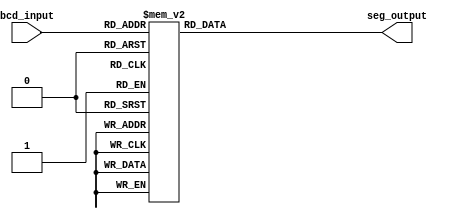
module BCD_decoder(input [3:0] bcd_input,
                   output reg [6:0] seg_output);
  
  always @*
    case(bcd_input)
      4'b0000: seg_output = 7'b1000000; // 0
      4'b0001: seg_output = 7'b1111001; // 1
      4'b0010: seg_output = 7'b0100100; // 2
      4'b0011: seg_output = 7'b0110000; // 3
      4'b0100: seg_output = 7'b0011001; // 4
      4'b0101: seg_output = 7'b0010010; // 5
      4'b0110: seg_output = 7'b0000010; // 6
      4'b0111: seg_output = 7'b1111000; // 7
      4'b1000: seg_output = 7'b0000000; // 8
      4'b1001: seg_output = 7'b0010000; // 9
      default: seg_output = 7'b1111111; // all segments off
    endcase
endmodule